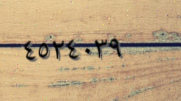
٤٥٢٤٠٣٩